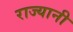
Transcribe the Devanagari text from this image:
राज्यानी